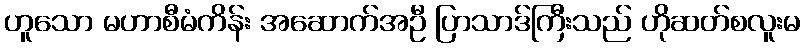
ဟူသော မဟာစီမံကိန်း အဆောက်အဦ ပြာသာဒ်ကြီးသည် ဟိုဆတ်စလူးမ